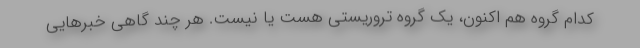
کدام گروه هم اکنون، یک گروه تروریستی هست یا نیست. هر چند گاهی خبرهایی